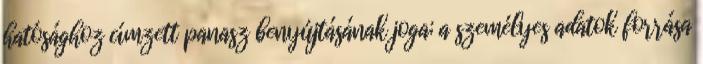
hatósághoz címzett panasz benyújtásának joga; a személyes adatok forrása